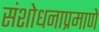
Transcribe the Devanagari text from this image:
संशोधनाप्रमाणे